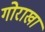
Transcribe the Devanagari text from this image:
गोराखा